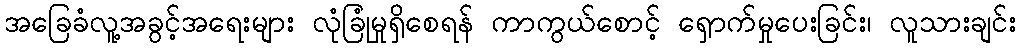
အခြေခံလူ့အခွင့်အရေးများ လုံခြုံမှုရှိစေရန် ကာကွယ်စောင့် ရှောက်မှုပေးခြင်း၊ လူသားချင်း